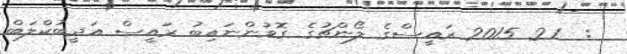
:  21